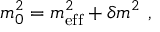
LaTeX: m _ { 0 } ^ { 2 } = m _ { \mathrm { e f f } } ^ { 2 } + \delta m ^ { 2 } ~ ,